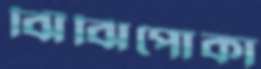
ঝিঁঝিপোকা